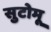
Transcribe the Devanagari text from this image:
सुटोमू